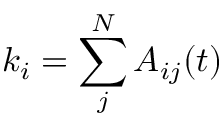
k _ { i } = \sum _ { j } ^ { N } A _ { i j } ( t )